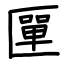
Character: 匰